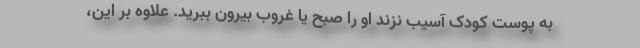
به پوست کودک آسیب نزند او را صبح یا غروب بیرون ببرید. علاوه بر این،